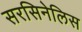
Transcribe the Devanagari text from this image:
सरसिनेलिस